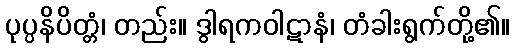
ပုပ္ပနိပိတ္တံ၊ တည်း။ ဒွါရကဝါဋာနံ၊ တံခါးရွက်တို့၏။